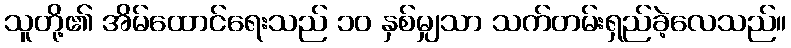
သူတို့၏ အိမ်ထောင်ရေးသည် ၁၀ နှစ်မျှသာ သက်တမ်းရှည်ခဲ့လေသည်။